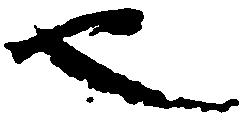
也